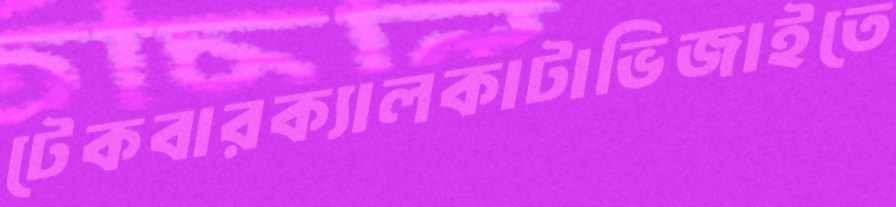
টেকবারক্যালকাটাভিজাইতে